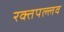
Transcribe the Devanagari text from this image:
रक्तपल्लव